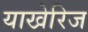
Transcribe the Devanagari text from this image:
याखेरिज